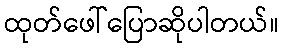
ထုတ်ဖေါ်ပြောဆိုပါတယ်။